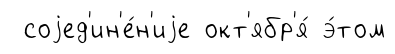
соjед'ин'е́н'иjе окт'ябр'я́ э́том